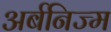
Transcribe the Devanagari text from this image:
अर्बनिज्म